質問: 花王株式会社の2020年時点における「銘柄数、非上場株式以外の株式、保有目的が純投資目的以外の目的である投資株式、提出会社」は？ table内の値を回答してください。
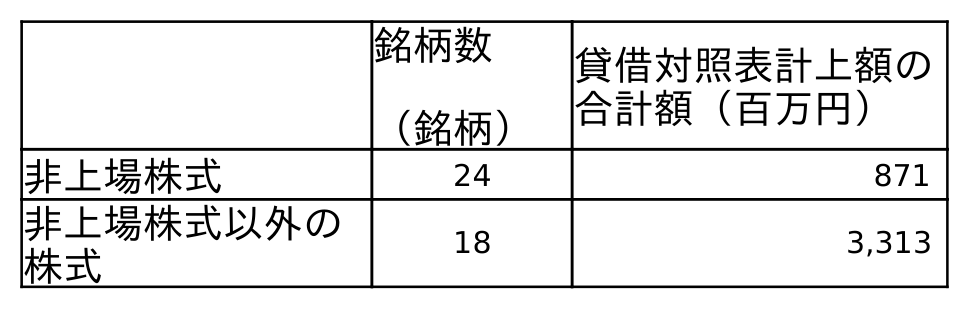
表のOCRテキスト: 銘柄数 （銘柄） 貸借対照表計上額の 合計額（百万円） 非上場株式 24 871 非上場株式以外の 株式 18 3,313
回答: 18